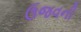
ઉજવની